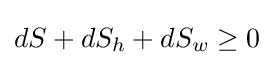
dS+dS_{h}+dS_{w}\geq 0